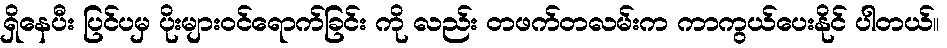
ရှိနေပီး ပြင်ပမှ ပိုးများဝင်ရောက်ခြင်း ကို လည်း တဖက်တလမ်းက ကာကွယ်ပေးနိုင် ပါတယ်။